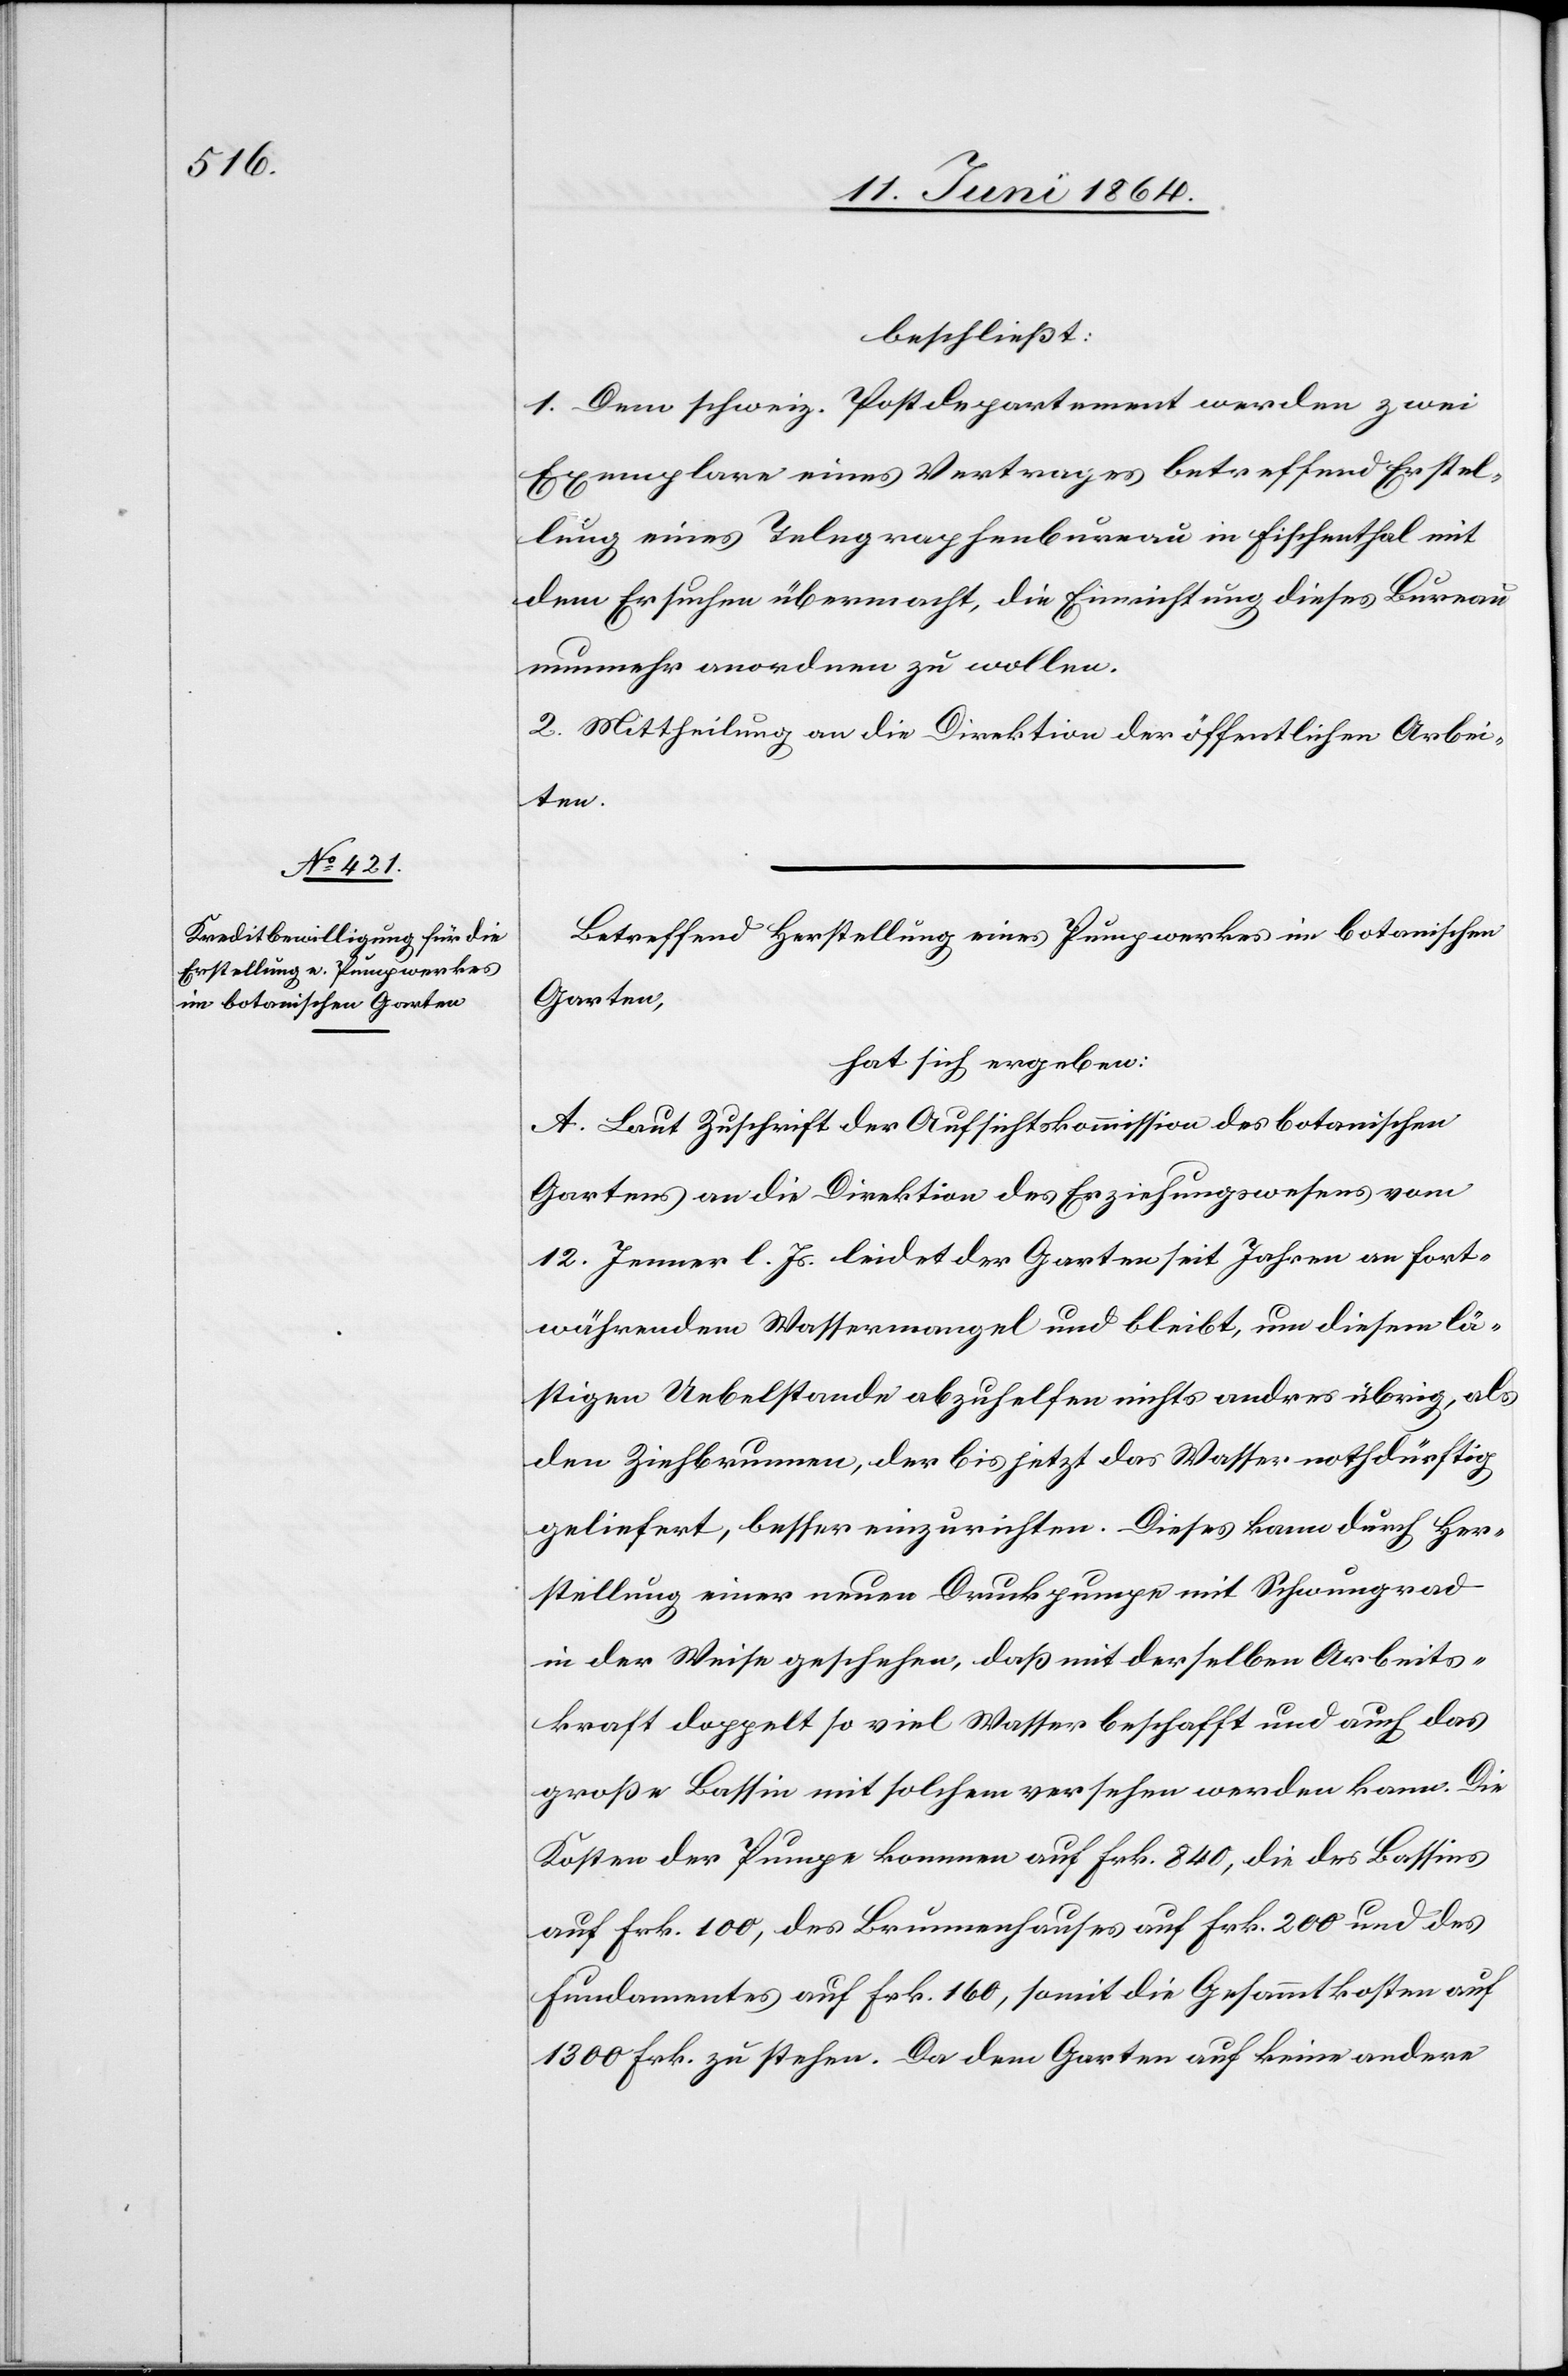
beschließt:
1. Dem schweiz. Postdepartement werden zwei
Exemplare eines Vertrages betreffend Erstel¬
lung eines Telegraphenbureau in Fischenthal mit
dem Ersuchen übermacht, die Einrichtung dieses Bureau
nunmehr anordnen zu wollen.
2. Mittheilung an die Direktion der öffentlichen Arbei¬
ten.
Betreffend Herstellung eines Pumpwerkes im botanischen
Garten,
hat sich ergeben:
A. Laut Zuschrift der Aufsichtskommission des botanischen
Gartens an die Direktion des Erziehungswesens vom
12. Jenner l. Js. leidet der Garten seit Jahren an fort¬
währendem Wassermangel und bleibt, um diesem lä¬
stigen Uebelstande abzuhelfen nichts andres übrig, als
den Ziehbrunnen, der bis jetzt das Wasser nothdürftig
geliefert, besser einzurichten. Dieses kann durch Her¬
stellung einer neuen Druckpumpe mit Schwungrad
in der Weise geschehen, daß mit derselben Arbeits¬
kraft doppelt so viel Wasser beschafft und auch das
große Bassin mit solchem versehen werden kann. Die
Kosten der Pumpe kommen auf Frk. 840, die des Bassins
auf Frk. 100, des Brunnenhauses auf Frk. 200 und des
Fundamentes auf Frk. 160, somit die Gesammtkosten auf
1300 Frk. zu stehen. Da dem Garten auf keine andere